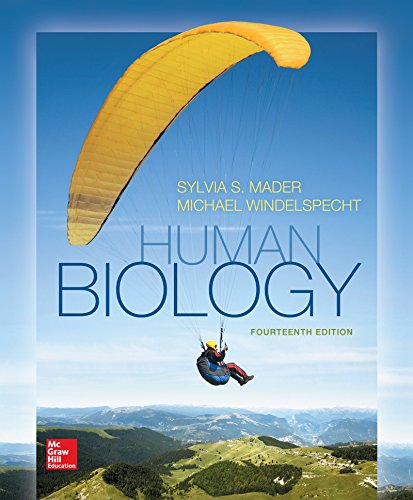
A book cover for Human Biology, 14 Edition; Sylvia Mader; Medical Books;